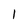
Character: 1